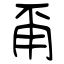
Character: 甭